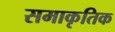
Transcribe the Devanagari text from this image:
समाकृतिक